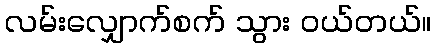
လမ်းလျှောက်စက် သွား ဝယ်တယ်။